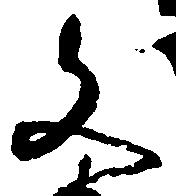
文